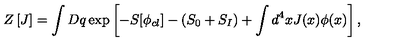
Z \left[ J \right] = \int D q \exp \left[ - S [ \phi _ { c l } ] - ( S _ { 0 } + S _ { I } ) + \int d ^ { 4 } x J ( x ) \phi ( x ) \right] ,